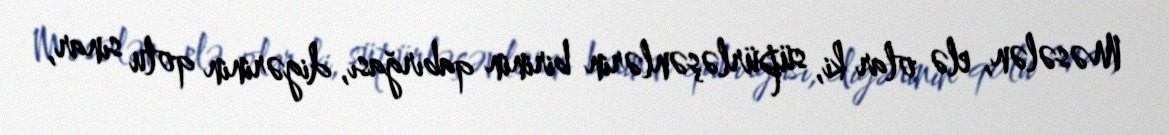
Məsələn, elə olar ki, süpürləşənlərin birinin qabırğası, digərinin qolu sınar,